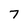
Character: 7